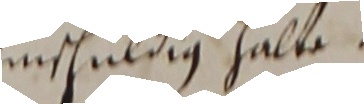
unschuldig halte.